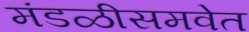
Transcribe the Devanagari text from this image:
मंडळीसमवेत